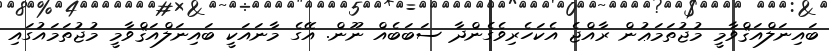
ބައިނަލްއަޤްވާމީ މުޖުތަމަޢުން ރާއްޖެ އެކަހެރިވެގެންދާ ސަބަބެއް ނޫން. އޭގެ މާނައަކީ ބައިނަލްއަޤްވާމީ މުޖުތަމައުގައި